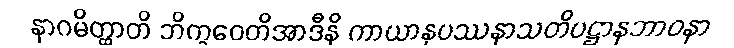
နာဂမိတ္ထာတိ ဘိက္ခဝေတိအာဒီနိ ကာယာနုပဿနာသတိပဋ္ဌာနဘာဝနာ